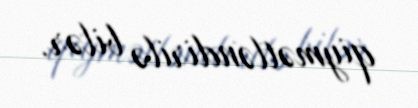
qiymətləndirilə bilər.